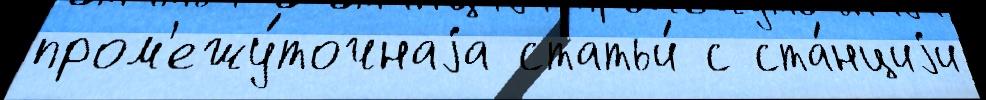
пром'ежу́точнаjа статьи́ с ста́нциjи